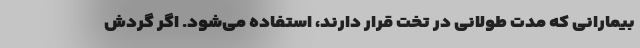
بیمارانی که مدت طولانی در تخت قرار دارند، استفاده می‌شود. اگر گردش